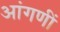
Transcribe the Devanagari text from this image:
आंगणीं